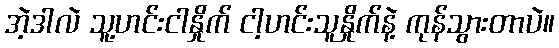
အဲ့ဒါလဲ သူ့ဟင်းငါနှိုက် ငါ့ဟင်းသူနှိုက်နဲ့ ကုန်သွားတာပဲ။